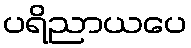
ပရိညာယပေ